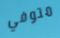
متوفي